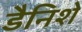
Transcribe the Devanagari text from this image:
डैनिशे